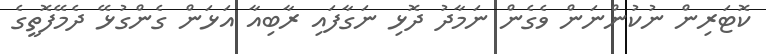
ކޮޓަރިން ނުކުންނަން ވެގެން ނަމާދު ދޮޅި ނަގާފައި ރާބިއާ އަޅަން ގެންގުޅޭ ދެމޭފޮތީގެ